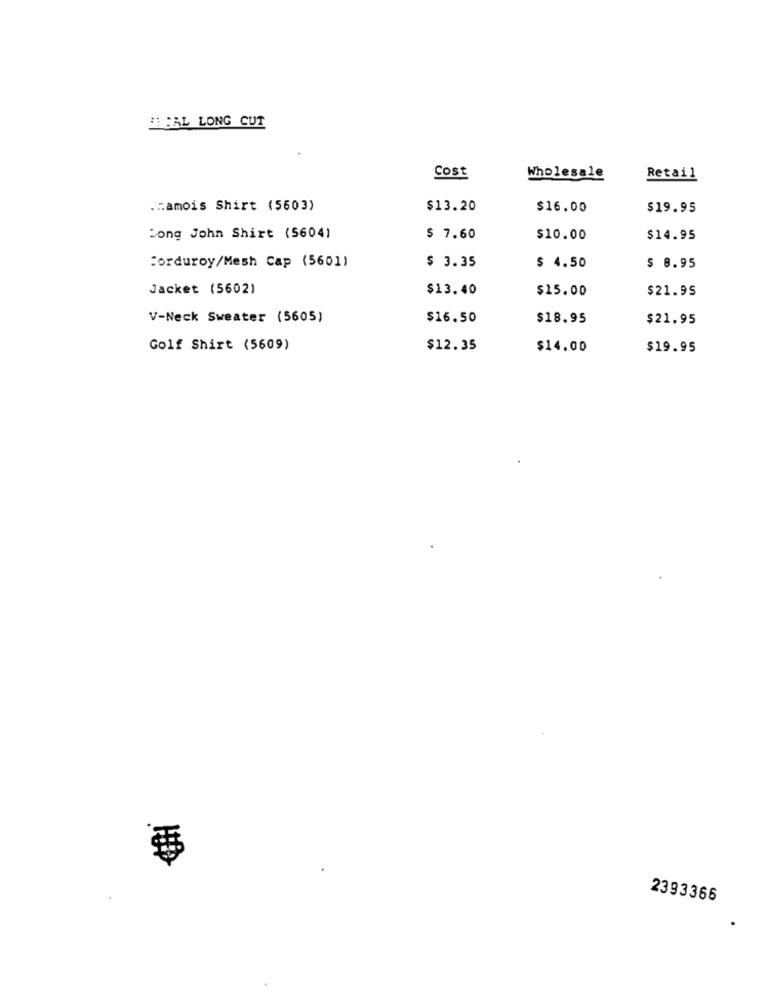
BLEAL LONG CUT
Cost
Wholesale
Retail
Chamois Shirt (5603)
$13.20
$16.00
$19.95
Long John Shirt (5604)
$ 7.60
$10.00
$14.95
Corduroy/Mesh Cap (5601)
$ 3.35
$ 4.50
$ 8.95
Jacket (5602)
$13.40
$15.00
$21.95
V-Neck Sweater (5605)
$16.50
$18.95
$21.95
Golf Shirt (5609)
$12.35
$14.00
$19.95
2393366